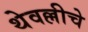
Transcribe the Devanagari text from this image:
थेवल्लीचे